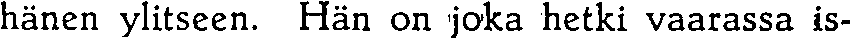
hänen ylitseen. Hän on joka hetki vaarassa is-